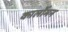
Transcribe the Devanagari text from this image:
कार्लोमन